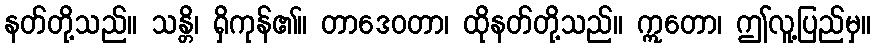
နတ်တို့သည်။ သန္တိ၊ ရှိကုန်၏။ တာဒေဝတာ၊ ထိုနတ်တို့သည်။ ဣတော၊ ဤလူ့ပြည်မှ။